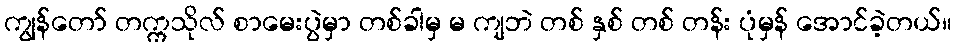
ကျွန်တော် တက္ကသိုလ် စာမေးပွဲမှာ တစ်ခါမှ မ ကျဘဲ တစ် နှစ် တစ် တန်း ပုံမှန် အောင်ခဲ့တယ်။